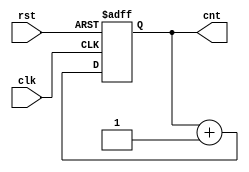
module counter2_up(
  input clk,
  input rst,
  output reg [1:0] cnt
);

  wire [1:0] q_next;
  
  always@(posedge clk, posedge rst)
  if(rst)
    cnt <= 0;
  else
    cnt <= q_next;
    
  assign q_next = cnt + 1;

endmodule